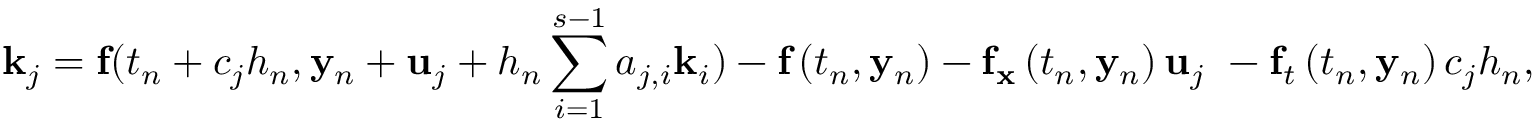
\mathbf { k } _ { j } = \mathbf { f ( } t _ { n } + c _ { j } h _ { n } , \mathbf { y } _ { n } + \mathbf { u } _ { j } + h _ { n } \sum _ { i = 1 } ^ { s - 1 } a _ { j , i } \mathbf { k } _ { i } ) - \mathbf { f } \left( t _ { n } , \mathbf { y } _ { n } \right) - \mathbf { f } _ { \mathbf { x } } \left( t _ { n } , \mathbf { y } _ { n } \right) \mathbf { u } _ { j } \ - \mathbf { f } _ { t } \left( t _ { n } , \mathbf { y } _ { n } \right) c _ { j } h _ { n } ,